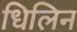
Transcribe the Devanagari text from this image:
धिलिन